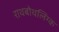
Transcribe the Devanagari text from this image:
राथबोथलिंग्क